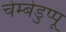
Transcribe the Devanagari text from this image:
चेम्बेडुप्पू